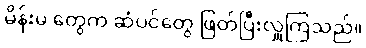
မိန်းမ တွေက ဆံပင်တွေ ဖြတ်ပြီးလှူကြသည်။